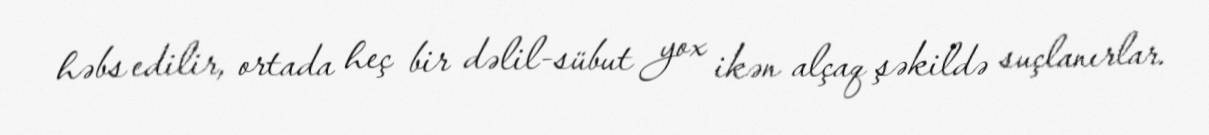
həbs edilir, ortada heç bir dəlil-sübut yox ikən alçaq şəkildə suçlanırlar.